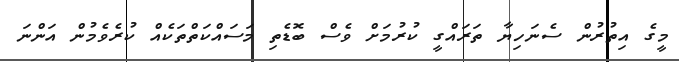
މީގެ އިތުރުން ސެނަހިޔާ ތަރައްގީ ކުރުމަށް ވެސް ބޮޑެތި މަސައްކަތްތަކެއް ކުރެވެމުން އަންނަ